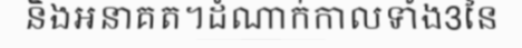
និងអនាគត។ដំណាក់កាលទាំង3នៃ